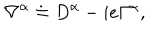
\nabla ^ { \alpha } \doteq D ^ { \alpha } - i e \Gamma ^ { \alpha } ,